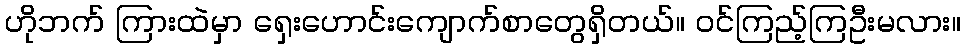
ဟိုဘက် ကြားထဲမှာ ရှေးဟောင်းကျောက်စာတွေရှိတယ်။ ဝင်ကြည့်ကြဦးမလား။